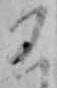
こ